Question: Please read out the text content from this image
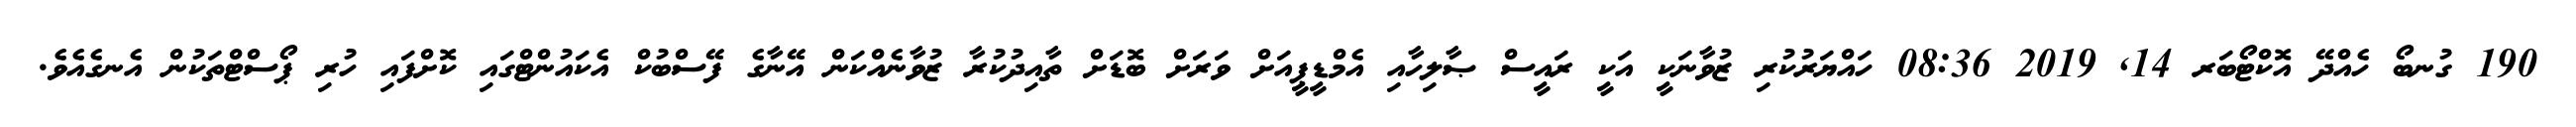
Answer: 190 ގުނބޯ ހެއްދޭ އޮކްޓޯބަރ 14, 2019 08:36 ހައްޔަރުކުރި ޒުވާނަކީ އަކީ ރައީސް ޞާލިހާއި އެމްޑީޕީއަށް ވަރަށް ބޮޑަށް ތާއިދުކުރާ ޒުވާނެއްކަން އޭނާގެ ފޭސްބުކް އެކައުންޓްގައި ކޮށްފައި ހުރި ޕޯސްޓްތަކުން އެނގެއެވެ.